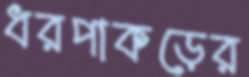
ধরপাকড়ের